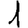
Digit: 1